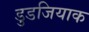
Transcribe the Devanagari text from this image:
डुडजियाक